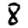
Digit: 8